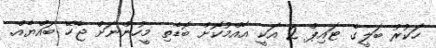
ހަކުރު ބަލީގެ ޓައިޕް 2 އަކީ އާއްމުކޮށް ބޮޑެތި މީހުންނަށް ޖެހޭ ބައްޔެއް.